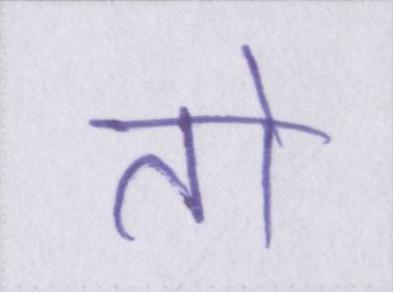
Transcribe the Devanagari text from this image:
तो